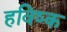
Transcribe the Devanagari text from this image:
हविष्क